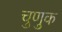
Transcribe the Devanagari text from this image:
चुणुक